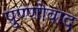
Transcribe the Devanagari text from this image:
पुण्णोवाद